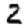
Digit: 2